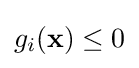
g_{i}(\mathbf {x} )\leq 0